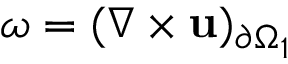
\omega = ( \nabla \times \mathbf { u } ) _ { \partial \Omega _ { 1 } }